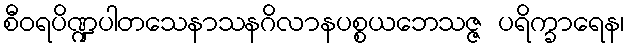
စီဝရပိဏ္ဍပါတသေနာသနဂိလာနပစ္စယဘေသဇ္ဇ ပရိက္ခာရေန၊